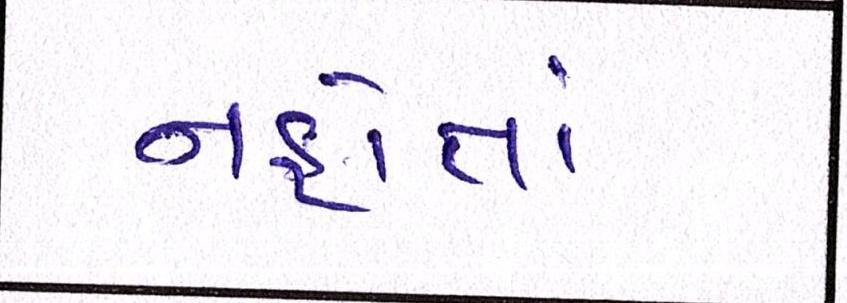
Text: નહોતાં